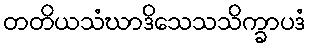
တတိယသံဃာဒိသေသသိက္ခာပဒံ